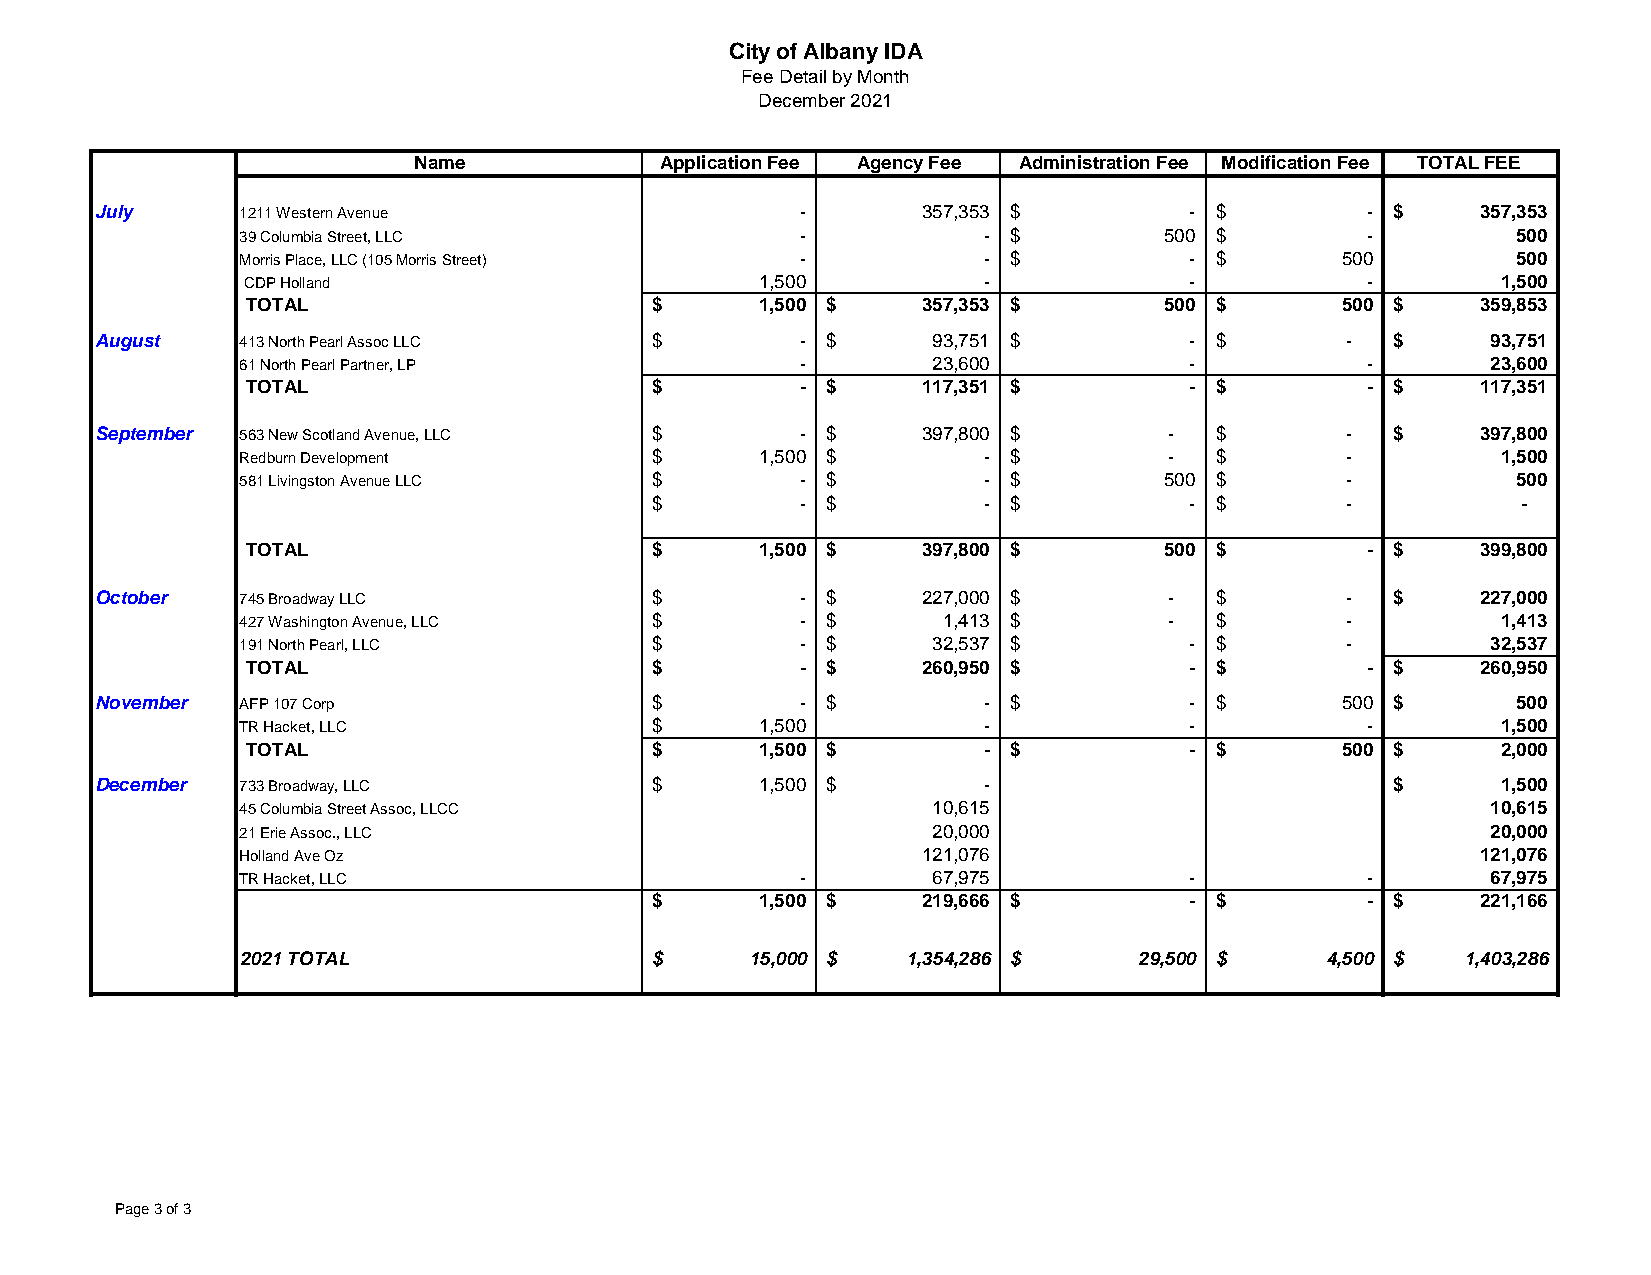
City of Albany IDA
 Fee Detail by Month
 December 2021
 Name             Application Fee Agency Fee Administration Fee Modification Fee TOTAL FEE
 July      1211 Western Avenue                  -       357,353 $         - $        - $     357,353
 39 Columbia Street, LLC              -           - $         500 $        -         500
 Morris Place, LLC (105 Morris Street) -          - $           - $       5 00       500
 CDP Holland                       1,500          -             -          -        1,500
 TOTAL                      $      1,500 $    357,353 $       500 $       5 00 $   359,853
 August    413 North Pearl Assoc LLC  $         - $      93,751 $         - $       -  $      93,751
 61 North Pearl Partner, LP           -        23,600           -          -        23,600
 TOTAL                      $         - $     117,351 $         - $        - $     117,351
 September 563 New Scotland Avenue, LLC $       - $     397,800 $       -  $        -  $     397,800
 Redburn Development        $      1,500 $        - $         -  $        -         1,500
 581 Livingston Avenue LLC  $         - $         - $         500 $       -          500
 $         - $         - $           - $       -           -
 TOTAL                      $      1,500 $    397,800 $       500 $        - $     399,800
 October   745 Broadway LLC           $         - $     227,000 $       -  $        -  $     227,000
 427 Washington Avenue, LLC $         - $      1,413 $        -  $        -         1,413
 191 North Pearl, LLC       $         - $      32,537 $         - $       -         32,537
 TOTAL                      $         - $     260,950 $         - $        - $     260,950
 November  AFP 107 Corp               $         - $         - $           - $       5 00 $     500
 TR Hacket, LLC             $      1,500          -             -          -        1,500
 TOTAL                      $      1,500 $        - $           - $       5 00 $    2,000
 December  733 Broadway, LLC          $      1,500 $        -                          $      1,500
 45 Columbia Street Assoc, LLCC                10,615                               10,615
 21 Erie Assoc., LLC                           20,000                               20,000
 Holland Ave Oz                               121,076                              121,076
 TR Hacket, LLC                       -        67,975           -          -        67,975
 $      1,500 $    219,666 $         - $        - $     221,166
 2021 TOTAL                 $      15,000 $  1,354,286 $    29,500 $     4,500 $  1,403,286
 Page 3 of 3